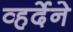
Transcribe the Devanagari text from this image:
व्हर्देने